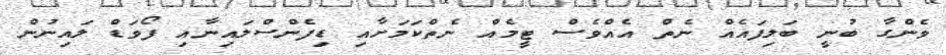
ވެންގާ ބުނީ ބަލިފައެއް ނެތް އެއްވެސް ޓީމެއް ނެތްކަމަށާއި ޑިފެންސްލައިނާއި ފޯވަޑް ލައިނުން